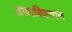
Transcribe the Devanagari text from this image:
अफ्घनिस्तान